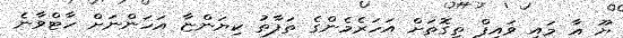
ޔޫ އާ މައި ވައިފް ތިގޮތަށް އަހަރެމެންގެ ތަފާތު ކިޔަންޏާ އަހަންނަށް ހާޓްވާނެ